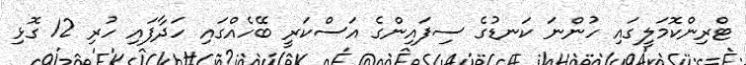
ޓްރިންކޮމަލީގައި ހުންނަ ކަނޑުގެ ސިފައިންގެ އަސްކަރީ ބޭހެއްގައި ހަދާފައި ހުރި 12 ގޮޅި